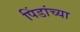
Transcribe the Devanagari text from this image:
पिंडांच्या